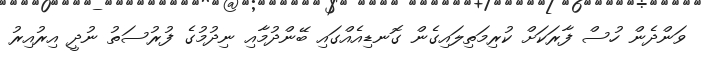
ވަންދެން ހުސް ފާރަކަށް ކުރިމަތިލައިގެން ގޮނޑިއެއްގައި ބޭންދުމާއި ނިދުމުގެ ފުރުސަތު ނުދީ އިރުއިރު